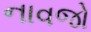
નાવજો